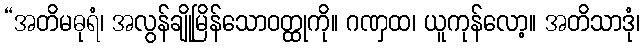
“အတိမဓုရံ၊ အလွန်ချိုမြိန်သောဝတ္ထုကို။ ဂဏှထ၊ ယူကုန်လော့။ အတိသာဒုံ၊